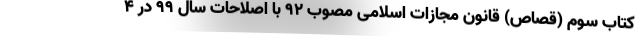
کتاب سوم (قصاص) قانون مجازات اسلامی مصوب ۹۲ با اصلاحات سال ۹۹ در ۴